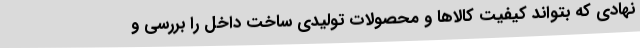
نهادی که بتواند کیفیت کالاها و محصولات تولیدی ساخت داخل را بررسی و